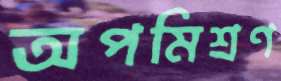
অপমিশ্রণ